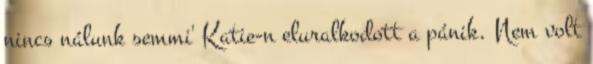
nincs nálunk semmi' Katie-n eluralkodott a pánik. Nem volt